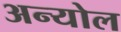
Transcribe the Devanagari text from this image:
अन्योल